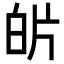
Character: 𭽌